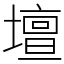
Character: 壇